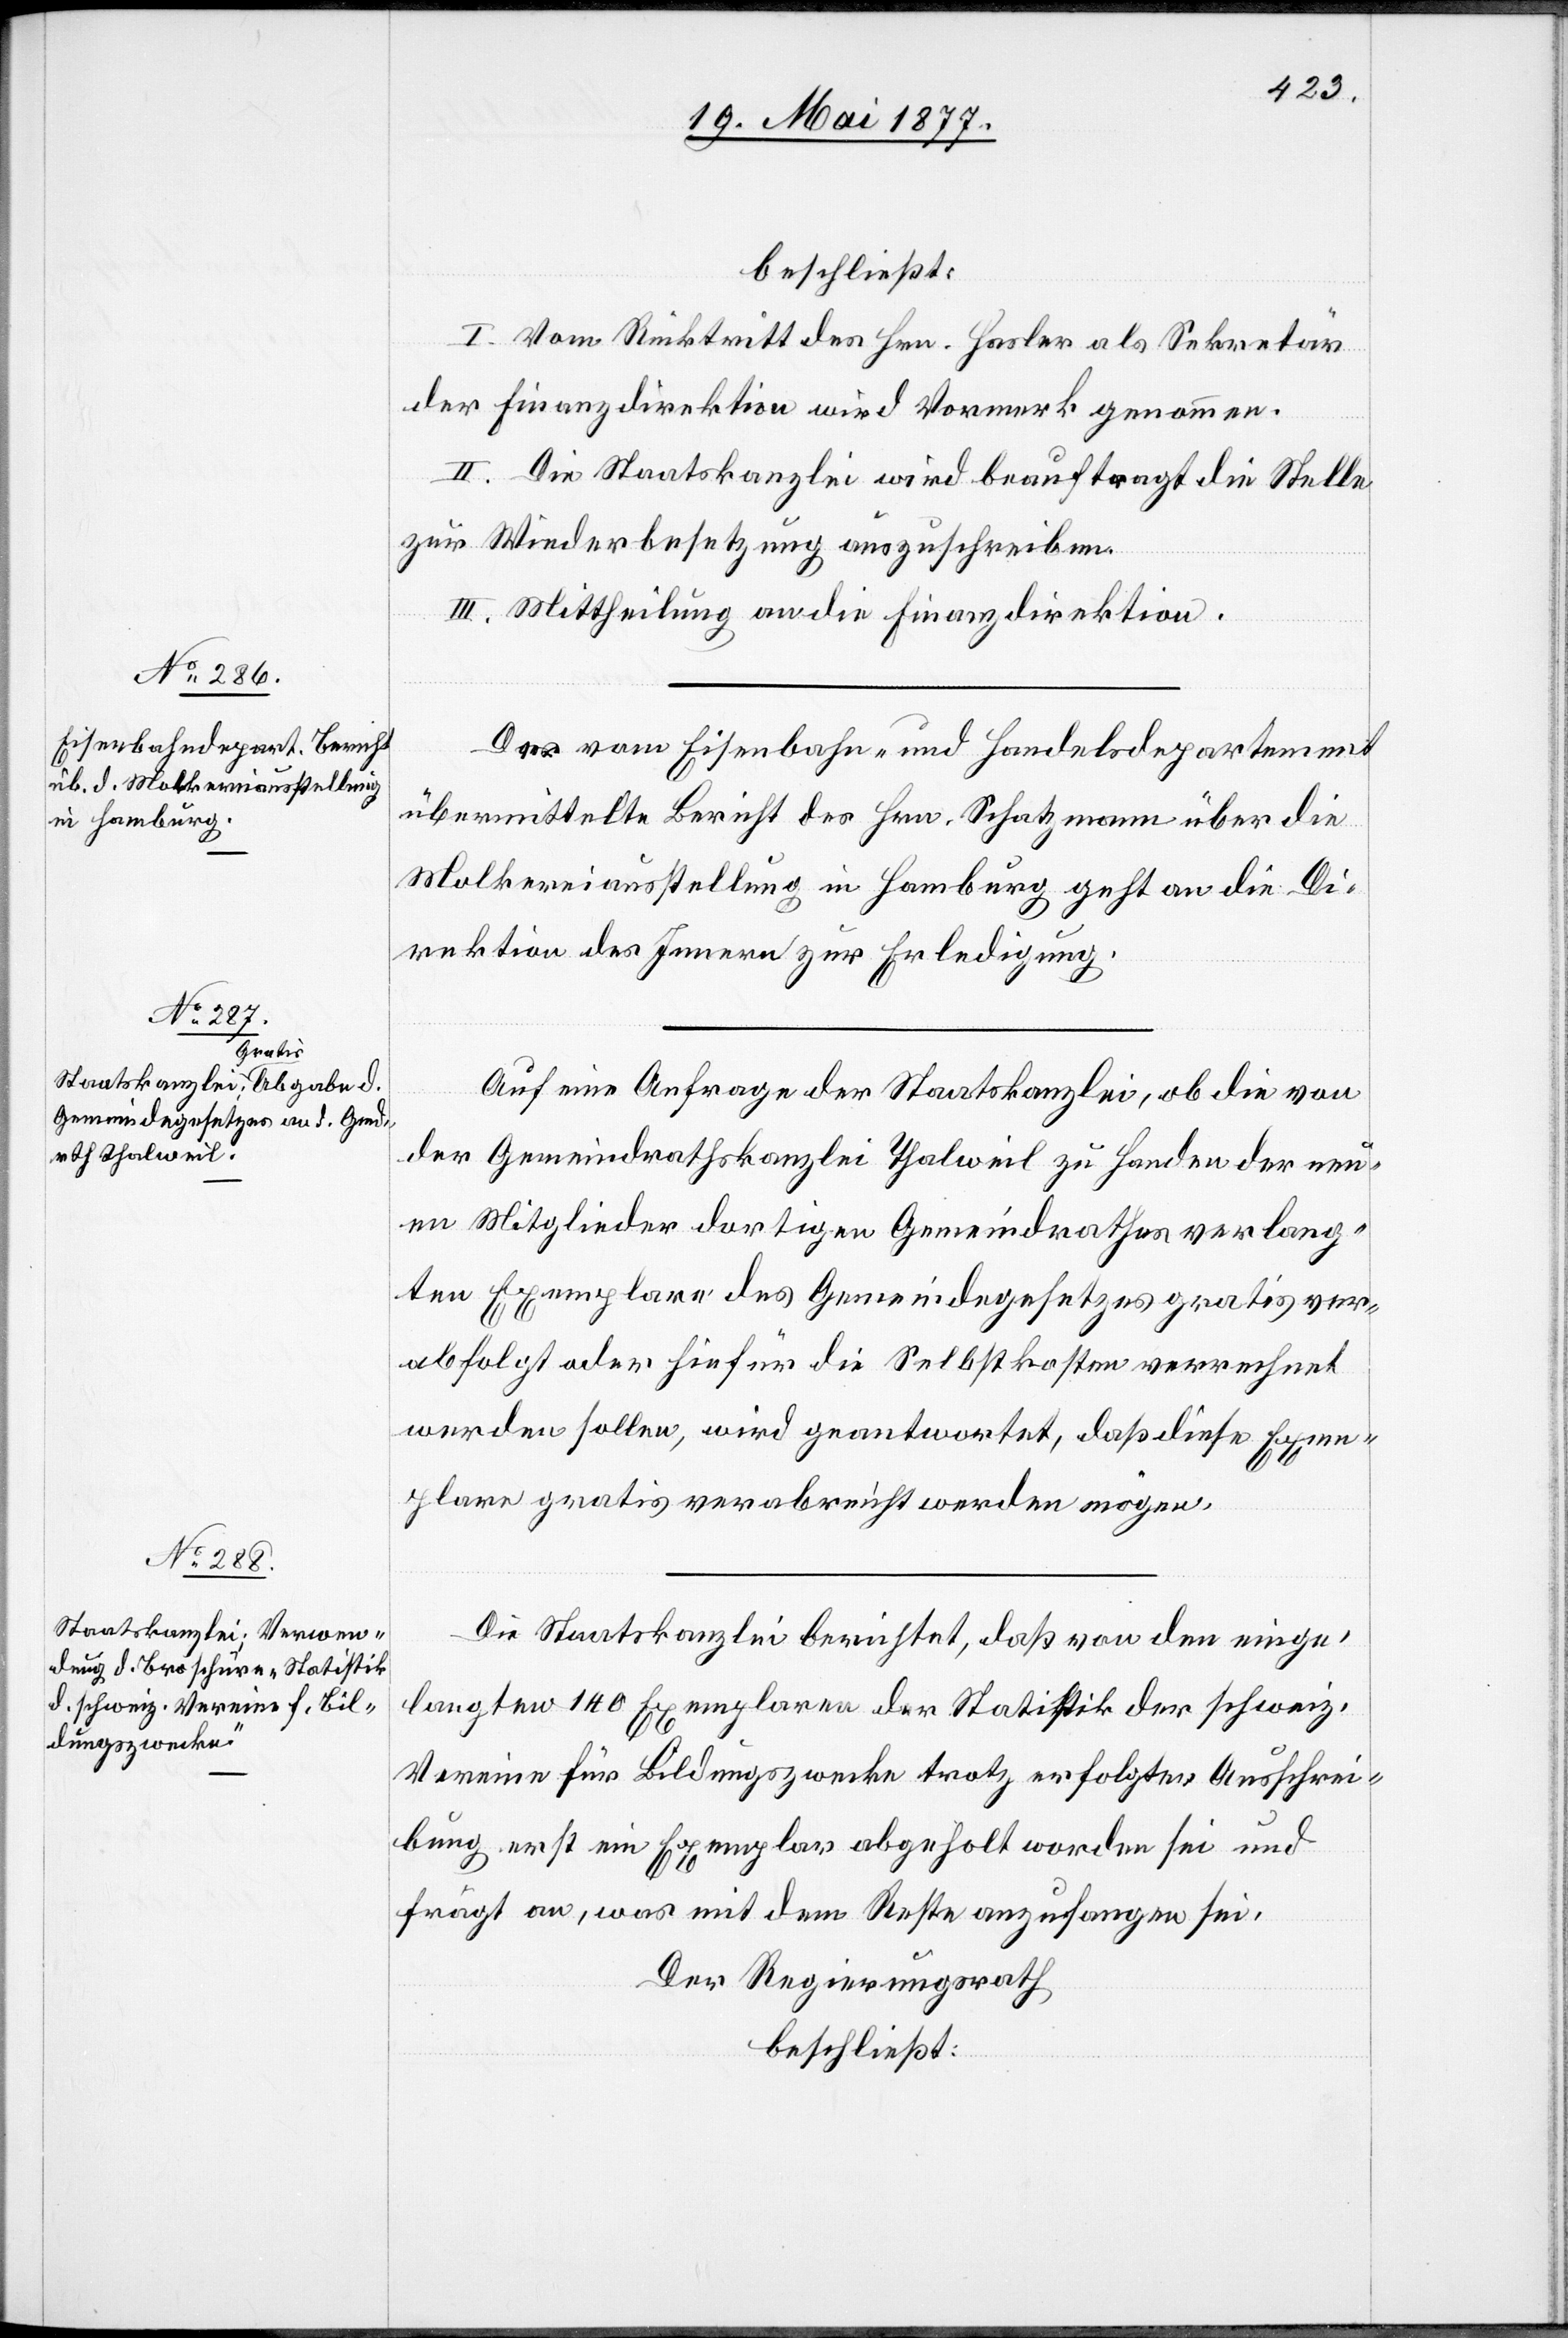
beschließt:
I. Vom Rücktritt des Hrn. Hasler als Sekretär
der Finanzdirektion wird Vormerk genommen.
II. Die Staatskanzlei wird beauftragt die Stelle
zur Wiederbesetzung auszuschreiben.
III. Mittheilung an die Finanzdirektion.
Der vom Eisenbahn- und Handelsdepartement
übermittelte Bericht des Hrn. Schatzmann über die
Molkereiausstellung in Hamburg geht an die Di¬
rektion des Innern zur Erledigung.
Auf eine Anfrage der Staatskanzlei, ob die von
der Gemeindrathskanzlei Thalweil zu Handen der neu¬
en Mitglieder dortigen Gemeindrathes verlang¬
ten Exemplare des Gemeindegesetzes gratis ver¬
abfolgt oder hiefür die Selbstkosten verrechnet
werden sollen, wird geantwortet, daß diese Exem¬
plare gratis verabreicht werden mögen.
Die Staatskanzlei berichtet, daß von den einge¬
legten 140 Exemplaren der Statistik der schweiz.
Vereine für Bildungszwecke trotz erfolgter Ausschrei¬
bung erst ein Exemplar abgeholt worden sei und
frägt an, was mit dem Reste anzufangen sei.
Der Regierungsrath
beschließt: